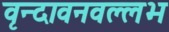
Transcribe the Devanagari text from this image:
वृन्दावनवल्लभ